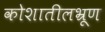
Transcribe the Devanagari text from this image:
कोशातीलभ्रूण